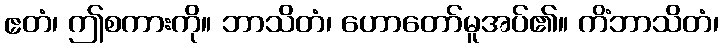
ဧတံ၊ ဤစကားကို။ ဘာသိတံ၊ ဟောတော်မူအပ်၏။ ကိံဘာသိတံ၊